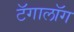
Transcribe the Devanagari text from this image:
टॅगालॉग